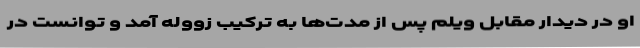
او در دیدار مقابل ویلم پس از مدت‌ها به ترکیب زووله آمد و توانست در